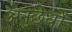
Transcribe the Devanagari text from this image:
अनुछेधों